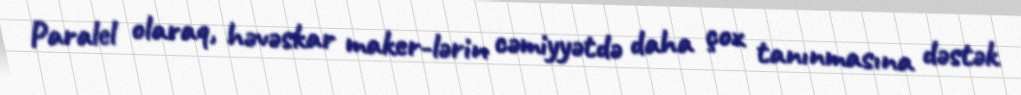
Paralel olaraq, həvəskar maker-lərin cəmiyyətdə daha çox tanınmasına dəstək